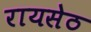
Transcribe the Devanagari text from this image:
रायसेठ